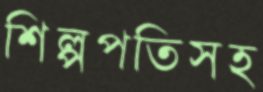
শিল্পপতিসহ